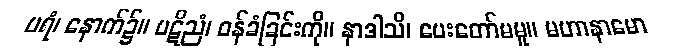
ပရံ၊ နောက်၌။ ပဋိညံ၊ ဝန်ခံခြင်းကို။ နာဒါသိ၊ ပေးတော်မမူ။ မဟာနာမော